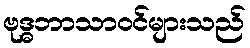
ဗုဒ္ဓဘာသာဝင်များသည်